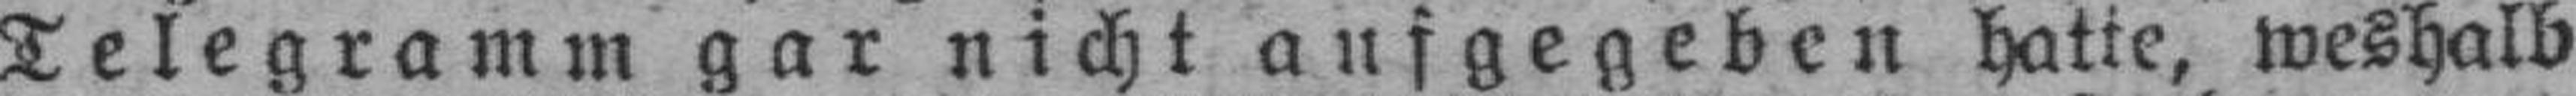
Telegramm gar nicht aufgegeben hatte, weshalb